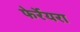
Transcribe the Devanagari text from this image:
फेर्रेयरा